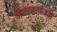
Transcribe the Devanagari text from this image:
ॲडव्हायजरी